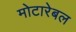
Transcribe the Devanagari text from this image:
मोटारेबल